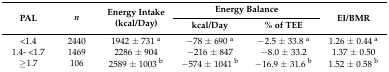
| <ROWSPAN=2> PAL | <ROWSPAN=2> n | <ROWSPAN=2> Energy Intake (kcal/Day) | <COLSPAN=2> Energy Balance | <ROWSPAN=2> EI/BMR |
 | kcal/Day | % of TEE |
 | --- | --- | --- | --- | --- | --- |
 | <1.4 | 2440 | 1942 ± 731 a | −78 ± 690 a | −2.5 ± 33.8 a | 1.26 ± 0.44 a |
 | 1.4- <1.7 | 1469 | 2286 ± 904 | −216 ± 847 | −8.0 ± 33.2 | 1.37 ± 0.50 |
 | ≥1.7 | 106 | 2589 ± 1003 b | −574 ± 1041 b | −16.9 ± 31.6 b | 1.52 ± 0.58 b |